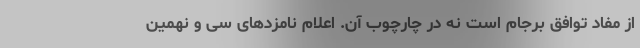
از مفاد توافق برجام است نه در چارچوب آن. اعلام نامزدهای سی و نهمین